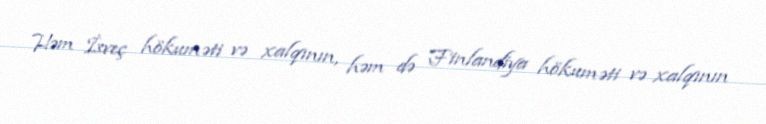
Həm İsveç hökuməti və xalqının, həm də Finlandiya hökuməti və xalqının